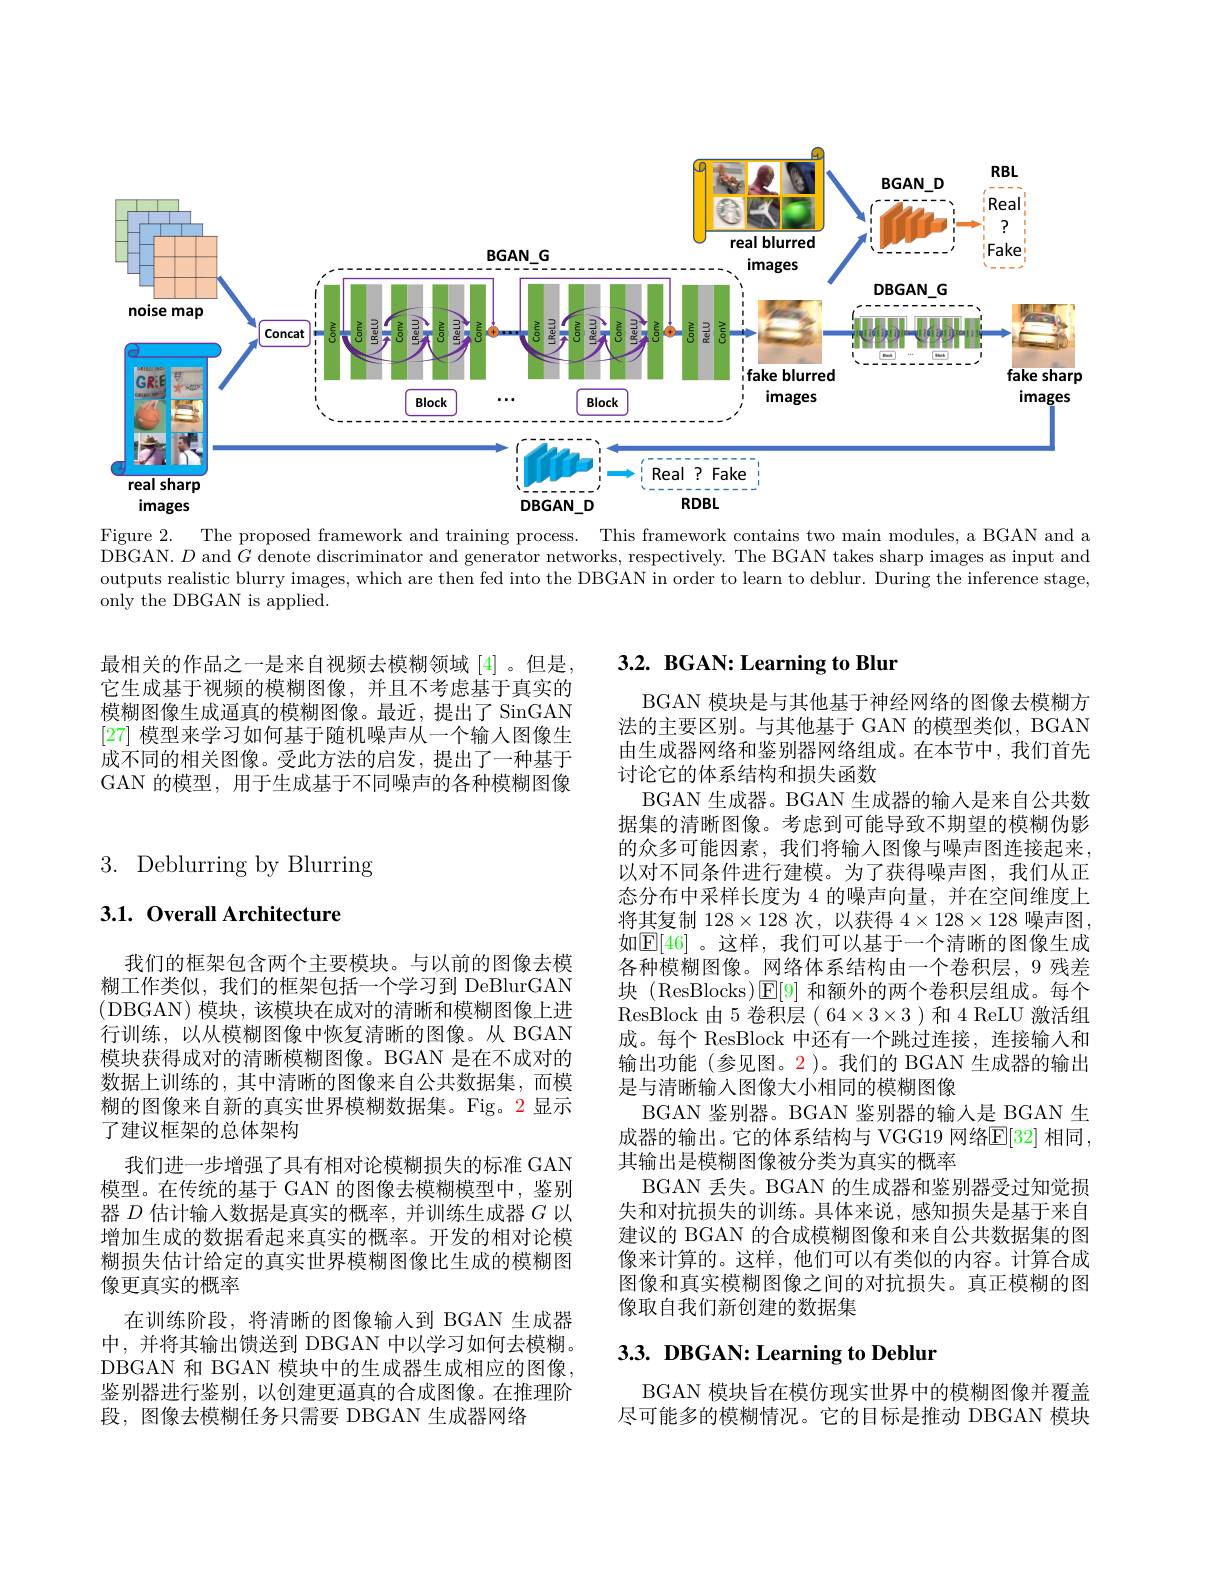
<FigureHere>

Figure 2.
The proposed framework and training process. This framework contains two main modules, a BGAN and a
DBGAN. $D$ and $\hat{G}$ denote discriminator and generator networks, respectively. The BGAN takes sharp images as input and outputs realistic blurry images, which are then fed into the DBGAN in order to learn to deblur. During the inference stage, only the DBGAN is applied.

最相关的作品之一是来自视频去模糊领域[4]。但是， 它生成基于视频的模糊图像，并且不考虑基于真实的模糊图像生成逼真的模糊图像。最近，提出了 SinGAN [27]模型来学习如何基于随机噪声从一个输入图像生成不同的相关图像。受此方法的启发，提出了一种基于GAN 的模型，用于生成基于不同噪声的各种模糊图像

3. Deblurring by Blurring

# 3.1. Overall Architecture

糊的图像来自新的真实世界模糊数据集。Fig。2显示
了建议框架的总体架构

我们的框架包含两个主要模块。与以前的图像去模糊工作类似，我们的框架包括一个学习到 DeBlurGAN (DBGAN)模块，该模块在成对的清晰和模糊图像上进行训练，以从模糊图像中恢复清晰的图像。从 BGAN 模块获得成对的清晰模糊图像。BGAN 是在不成对的数据上训练的，其中清晰的图像来自公共数据集，而模
我们进一步增强了具有相对论模糊损失的标准 GAN 模型。在传统的基于 GAN 的图像去模糊模型中，鉴别器$D$估计输入数据是真实的概率，并训练生成器$G$以增加生成的数据看起来真实的概率。开发的相对论模糊损失估计给定的真实世界模糊图像比生成的模糊图像更真实的概率
在训练阶段，将清晰的图像输入到 BGAN 生成器中，并将其输出馈送到 DBGAN 中以学习如何去模糊。DBGAN 和 BGAN 模块中的生成器生成相应的图像， 鉴别器进行鉴别，以创建更逼真的合成图像。在推理阶段，图像去模糊任务只需要 DBGAN 生成器网络

# $3. 2. \textbf{ BGAN: Learning to Blur}$

BGAN 模块是与其他基于神经网络的图像去模糊方法的主要区别。与其他基于 GAN 的模型类似，BGAN 由生成器网络和鉴别器网络组成。在本节中，我们首先讨论它的体系结构和损失函数
BGAN 生成器。BGAN 生成器的输入是来自公共数据集的清晰图像。考虑到可能导致不期望的模糊伪影的众多可能因素，我们将输人图像与噪声图连接起来， 以对不同条件进行建模。为了获得噪声图，我们从正态分布中采样长度为 4 的噪声向量，并在空间维度上将其复制 128$\times128$次，以获得$4\times128\times128$噪声图， 如$\mathbb{E}[46]$。这样，我们可以基于一个清晰的图像生成各种模糊图像。网络体系结构由一个卷积层，9 残差块 (ResBlocks)$\boxed{\mathrm{F}}[9]$和额外的两个卷积层组成。每个ResBlock 由 5 卷积层( 64×3×3)和 4 ReLU 激活组成。每个 ResBlock 中还有一个跳过连接，连接输入和输出功能 (参见图。2 )。我们的 BGAN 生成器的输出是与清晰输入图像大小相同的模糊图像
BGAN 鉴别器。BGAN 鉴别器的输入是 BGAN 生成器的输出。它的体系结构与 VGG19 网络E[32] 相同， 其输出是模糊图像被分类为真实的概率
BGAN 丢失。BGAN 的生成器和鉴别器受过知觉损失和对抗损失的训练。具体来说，感知损失是基于来自建议的 BGAN 的合成模糊图像和来自公共数据集的图像来计算的。这样，他们可以有类似的内容。计算合成图像和真实模糊图像之间的对抗损失。真正模糊的图像取自我们新创建的数据集

# $3. 3. \textbf{ DBGAN: Learning to Deblur}$

BGAN 模块旨在模仿现实世界中的模糊图像并覆盖尽可能多的模糊情况。它的目标是推动 DBGAN 模块